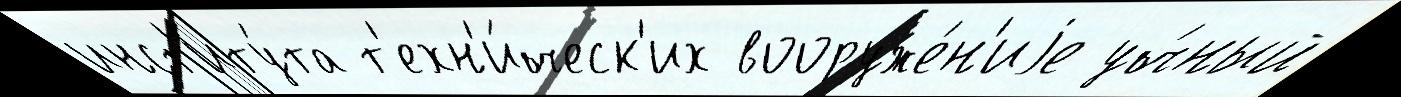
инст'иту́та т'ехн'и́ческ'их вооруже́н'иjе уч́ный